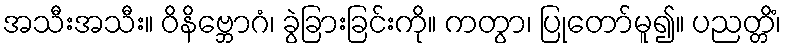
အသီးအသီး။ ဝိနိဗ္ဘောဂံ၊ ခွဲခြားခြင်းကို။ ကတွာ၊ ပြုတော်မူ၍။ ပညတ္တိံ၊